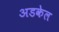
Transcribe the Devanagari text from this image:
अडकेल